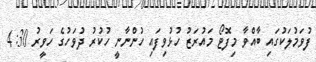
ފުވަމުލަކުގައި ބާއްވާ މިފޮޓޯ މައުރަޒު ހުޅުވިފައި ހުންނާނީ ހުކުރު ދުވަހުގެ ހަވީރު 4:30